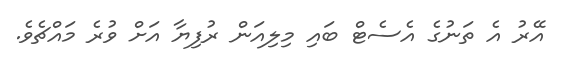
އޭރު އެ ތަނުގެ އެސެޓް ބައި މިލިއަން ރުފިޔާ އަށް ވުރެ މައްޗެވެ.